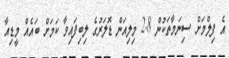
އެ ފިލްމަށް ސިނަމާތަކުން 2.8 މިލިއަން ޑޮލަރުގެ ލިބިފައިވާ ކަމަށް ބައެއް މީޑިއާ